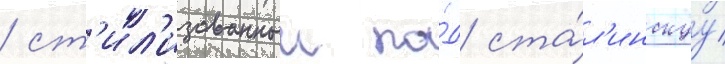
/ ст'ил'изованныи по́д ста́л'инскуу